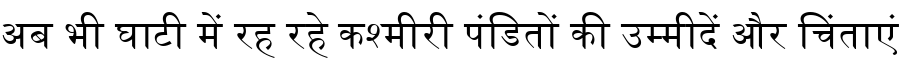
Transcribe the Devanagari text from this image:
अब भी घाटी में रह रहे कश्मीरी पंडितों की उम्मीदें और चिंताएं